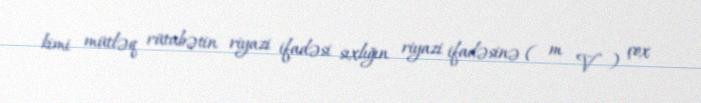
kimi mütləq rütubətin riyazi ifadəsi sıxlığın riyazi ifadəsinə ( m V ) çox